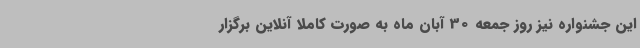
این جشنواره نیز روز جمعه 30 آبان ماه به صورت کاملا آنلاین برگزار